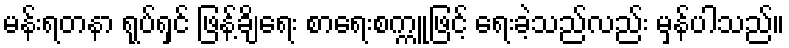
မန်းရတနာ ရုပ်ရှင် ဖြန့်ချိရေး စာရေးစက္ကူဖြင့် ရေးခဲ့သည်လည်း မှန်ပါသည်။